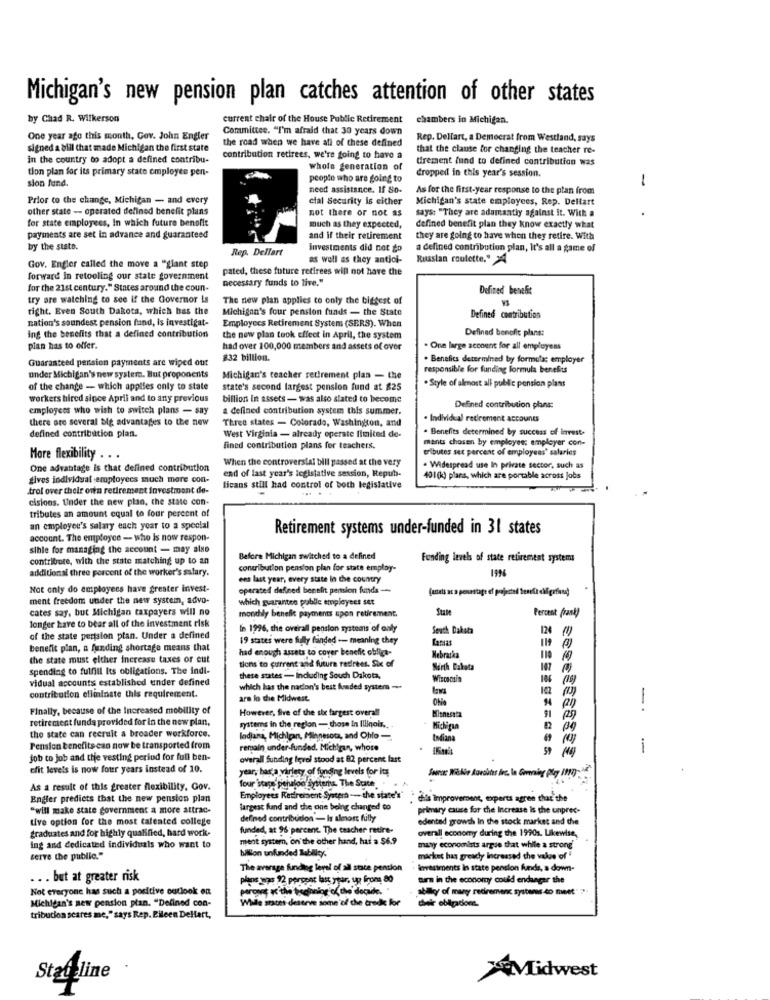
Michigan's new pension plan catches attention of other states
by Chad R. Wilkerson
current chair of the House Public Retirement
chambers in Michigan.
Committee. "I'm afraid that 30 years down
One year ago this month. Gov. John Engler
Rep. Dellart, a Democrat from Westland, says
signed a bill that made Michigan the first state
the road when we have all of these defined
that the clause for changing the teacher re-
in the country to adopt a defined contribu-
contribution retirees, we're going to have a
tirement fund to defined contribution was
tion plan for its primary state employee pen-
whole generation of
dropped in this year's session.
people who are going to
sion fund.
need assistance. If So-
As for the first-year response to the plan from
-
Prior to the change, Michigan - and every
cial Security is either
Michigan's state employees, Rep. Dellart
other state - operated defined benefit plans
not there or not as
says: "They are adamantiy against it. With a
.
for state employees, In which future benefit
much as they expected,
defined benefit plan they know exactly what
payments are set in advance and guaranteed
and if their retirement
they are going to have when they retire. With
by the stato.
Rep. Dellart
investments did not go
a defined contribution plan, It's all a game of
as well as they antici-
Russian roulette." >4
Gov. Engler called the move a "glant step
pated, these future retirees will not have the
forward In retooling our state government
necessary funds to live."
for the 21st century." States around the coun-
Defined benefit
try are watching to see if the Governor is
The new plan applies to only the biggest of
right. Even South Dakota, which has the
Michigan's four pension funds - the State
nation's soundest pension fund, is investigat-
Employees Retirement System (SERS). When
Defined contribution
ing the benefits that a defined contribution
Defined benefit plans:
the new plan took effect in April, the system
plan has to offer.
had over 100,000 members and assets of over
. One large account for all employees
Guaranteed pension payments are wiped out
832 billion.
. Benefics determined by formula employer
responsible for funding formula benefits
under Michigan's new systera. But proponents
Michigan's teacher retirement plan - the
of the change - which applies only to state
state's second largest pension fund at 825
. Style of almost all public pension plans
workers hired since April and to any previous
billion in assets - was also stated to become
employees who wish to switch plans - say
a defined contribution system this summer.
Defined contribution plans:
there are several big advantages to the new
Three states - Colorado, Washington, and
Individual retirement accounes
. Benefits determined by success of invest-
defined contribution plan.
West Virginia - already operate limited de-
ments chosen by employee; employer con-
fined contribution plans for teachers.
tributes set percent of employees' salaries
More flexibility . . .
When the controversial bill passed at the very
One advantage is that defined contribution
. Widespread use In private sector, such as
gives individual employees much more con-
end of last year's legislative session, Repub-
401(k) plans, which are portable across Jobs
trol over their own retirement investment de-
licans still had control of both legislative
cisions. Under the new plan, the state con-
tributes an amount equal to four percent of
an employee's salary each year to a special
Retirement systems under-funded in 31 states
account. The employee - who is now respon-
sible for managing the account - may also
contribute, with the state matching up to an
Before Michigan switched to a defined
Funding levels of state retirement systems
additional three percent of the worker's salary.
contribution pension plan for state employ-
1996
ens last year, every state in the country
Not only do employees have greater invest-
operated defined benefit pension funds -
ment freedom under the new system, advo-
which guarantee public employees set
cates say, but Michigan taxpayers will no
State
longer have to bear all of the investment risk
mondily benefic payments spon retirement.
Percent frank)
In 1996, the overall pension systems of only
South Dakota
124 (1)
of the state pension plan. Under a defined
19 states were fuly funded -- meaning they
Kansas
benefit plan, a funding shortage means that
had enough assets to cover benefit oblige-
the state must either increase taxes or eut
Nebraska
110
spending to fulfill Its obligations. The indi-
tions to current and futura redrées. Six of
Mirth Bakata
107
vidual accounts established under defined
these states - Including South Dakota,
Wiscocain
which has the nacion's best funded system -
122 (1)
contribution eflininate this requirement.
are lo the Midwest.
Ohio
Finally, because of the Increased mobility of
However, five of the six fargest overall
-.
retirement funds provided for in the new plan,
the state can recruit a broader workforce.
systems in the region - those in Illinois ,..
ladiana, Michigan, Minnesota, and Ohlo -
todiana
Pension benefits can now be transported from
remain under-funded. Michigan, whose
-
job to job and the vesting period for full ben-
overall Sundling level stood at 82 percent last
efit levels is now four years instead of 10.
year, has'a variety of funding levels for its
four 'stape penalon dysterna. The State
As a result of this greater flexibility. Gov.
Engler predicts that the new pension plan
Employees Retireibent Syster - the state's'
dis improvement, experts agree that the
"will make state government a more attrac-
largest fund and the one being changed to
primary cause for the Increase is the unprec-
tive option for the most talented college
defined contribution - Is almost fully
edented growth In the stock market and the
graduates and for highly qualified, hard work-
funded, at 96 percent. The teacher retire-
overall economy during the 19901. Likewise,
ment system, on the other hand, has a $6.9
ing and dedicated individuals who want to
mary economists argue that while a strong'
serve the public."
billion unfunded Tablicy.
market has greadly Increased the value of "
The average funding level of all stace pension
ferresiments in state pension funds, a down-
. . . but at greater risk
plans was 92 percent last year, up front 80
Barn in the economy could endanger the
Not everyone has such a positive outlook en
peronot as the trecinniog of the decade.
abillyy of many retirement systemas do meet" "
While states deserve some of the credk for
chekr obligations.
Michigan's new pension plan. "Defined con-
tribucion scares me,"says Rep. Eileen Delfart,
Statline .
Midwest